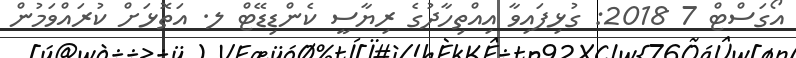
އޯގަސްޓް 7 2018: ގުޅިފައިވާ އިއްތިހާދުގެ ރިޔާސީ ކެންޑިޑޭޓް ލ. އަތޮޅަށް ކުރައްވަމުން